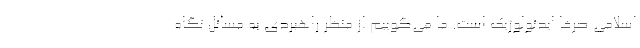
اسلامی صرفا ایدئولوژیک است. ما می‌گوییم از منظر راهبردی به مسائل نگاه